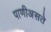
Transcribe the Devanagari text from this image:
पाणीअसते